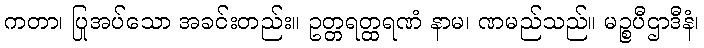
ကတာ၊ ပြုအပ်သော အခင်းတည်း။ ဥတ္တရတ္ထရဏံ နာမ၊ ဏမည်သည်။ မဉ္စပီဌာဒီနံ၊